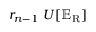
r _ { n - 1 } ~ U [ \mathbb { E } _ { \mathrm { { R } } } ]